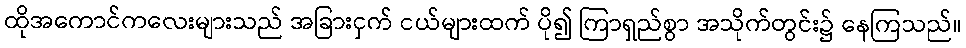
ထိုအကောင်ကလေးများသည် အခြားငှက် ငယ်များထက် ပို၍ ကြာရှည်စွာ အသိုက်တွင်း၌ နေကြသည်။